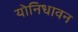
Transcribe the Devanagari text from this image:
योनिधावन